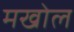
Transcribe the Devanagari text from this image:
मखोल